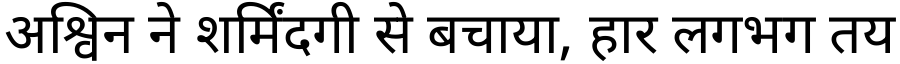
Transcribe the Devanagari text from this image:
अश्विन ने शर्मिंदगी से बचाया, हार लगभग तय